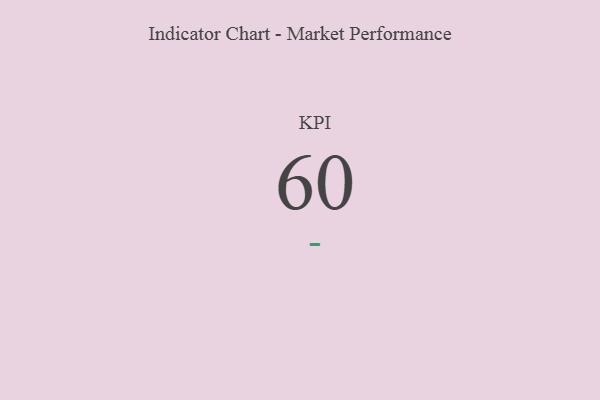
{"axis": {"x": "KPI", "y": "Value"}, "legend": [""], "data": [{"x": "KPI", "y": 60, "type": ""}]}